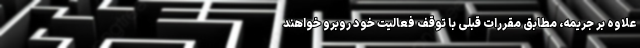
علاوه بر جریمه، مطابق مقررات قبلی با توقف فعالیت خود روبرو خواهند